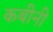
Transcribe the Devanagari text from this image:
कबीनी